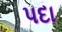
પદા